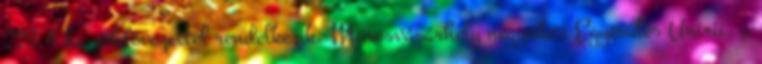
223,4 ha zöldövezettel rendelkezik. Marosvásárhely negyedei: Egyesülés Unirii, a